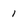
Character: 1